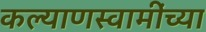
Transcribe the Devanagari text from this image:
कल्याणस्वामींच्या